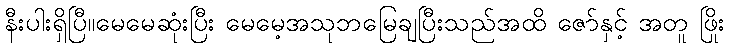
နီးပါးရှိပြီ။မေမေဆုံးပြီး မေမေ့အသုဘမြေချပြီးသည်အထိ ဇော်နှင့် အတူ ဖြိုး